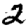
Digit: 2